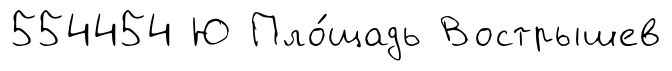
554454 Ю Пло́щадь Вострышев